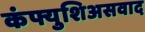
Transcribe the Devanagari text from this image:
कंफ्युशिअसवाद